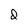
Character: d